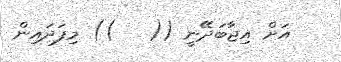
އަށް އިޖާބަދޭނީ ((   )) މިފަދައިން